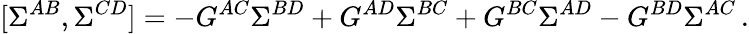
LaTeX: [\Sigma^{AB},\Sigma^{CD}]=-G^{AC}\Sigma^{BD}+G^{AD}\Sigma^{BC}+G^{BC}\Sigma^{AD}-G^{BD}\Sigma^{AC}\, .